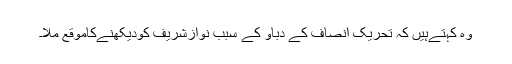
وہ کہتےہیں کہ تحریک انصاف کے دباؤ کے سبب نوازشریف کودیکھنےکاموقع ملا۔